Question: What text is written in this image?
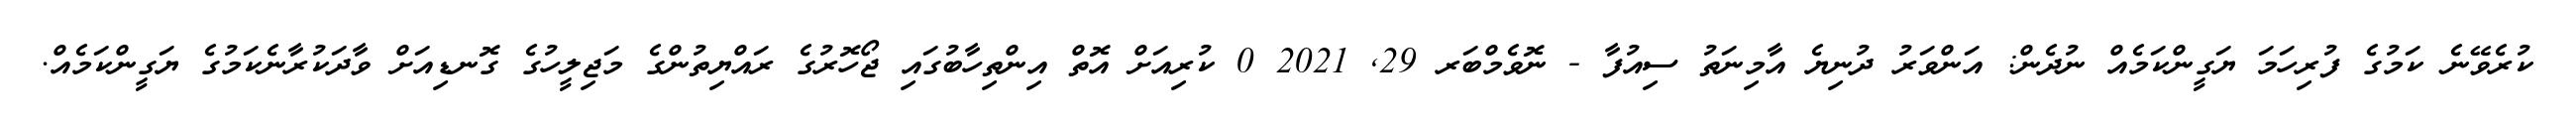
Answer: ކުރެވޭނެ ކަމުގެ ފުރިހަމަ ޔަގީންކަމެއް ނުދެން: އަންވަރު ދުނިޔެ އާމިނަތު ސިއުފާ - ނޮވެމްބަރ 29, 2021 0 ކުރިއަށް އޮތް އިންތިހާބުގައި ޖޯހޮރުގެ ރައްޔިތުންގެ މަޖިލީހުގެ ގޮނޑިއަށް ވާދަކުރާނެކަމުގެ ޔަގީންކަމެއް.